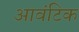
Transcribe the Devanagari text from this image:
आवंटिक